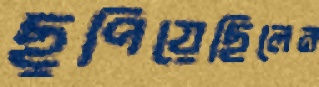
ছুপিয়েছিলেন